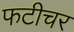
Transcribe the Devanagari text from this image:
फटीचर